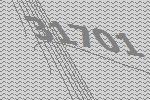
31701